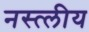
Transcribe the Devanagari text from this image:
नस्त्लीय